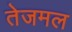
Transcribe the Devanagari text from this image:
तेजमल